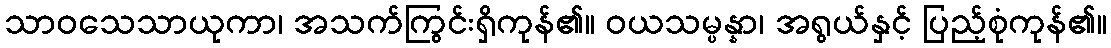
သာဝသေသာယုကာ၊ အသက်ကြွင်းရှိကုန်၏။ ဝယသမ္ပန္နာ၊ အရွယ်နှင့် ပြည့်စုံကုန်၏။